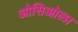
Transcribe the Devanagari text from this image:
ओसिओला